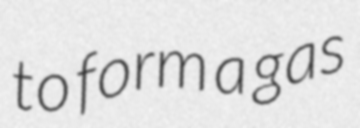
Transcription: to form a gas